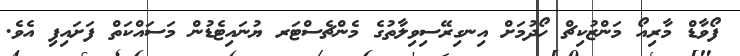
ފޯވާޑް މާރިއޯ މަންޒުކިޗް ހޯދުމަށް އިނގިރޭސިވިލާތުގެ މެންޗެސްޓަރ ޔުނައިޓެޑުން މަސައްކަތް ފަށައިފި އެވެ.